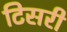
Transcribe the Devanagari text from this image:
टिसरी